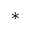
^ \ast